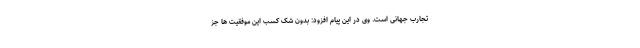
تجارب جهانی است. وی در این پیام افزود: بدون شک کسب این موفقیت ها جز